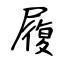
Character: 履